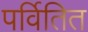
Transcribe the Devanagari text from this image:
पर्वितित